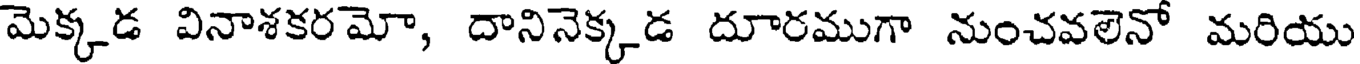
మెక్కడ వినాశకరమో, దానినెక్కడ దూరముగా నుంచవలెనో మరియు